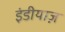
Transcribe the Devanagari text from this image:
इंडीयाज़